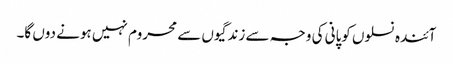
آئندہ نسلوں کوپانی کی وجہ سے زندگیوں سے محروم نہیں ہونے دوں گا۔